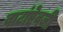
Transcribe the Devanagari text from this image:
वाटांऐवजी